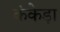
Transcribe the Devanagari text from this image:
कंकेड़ा